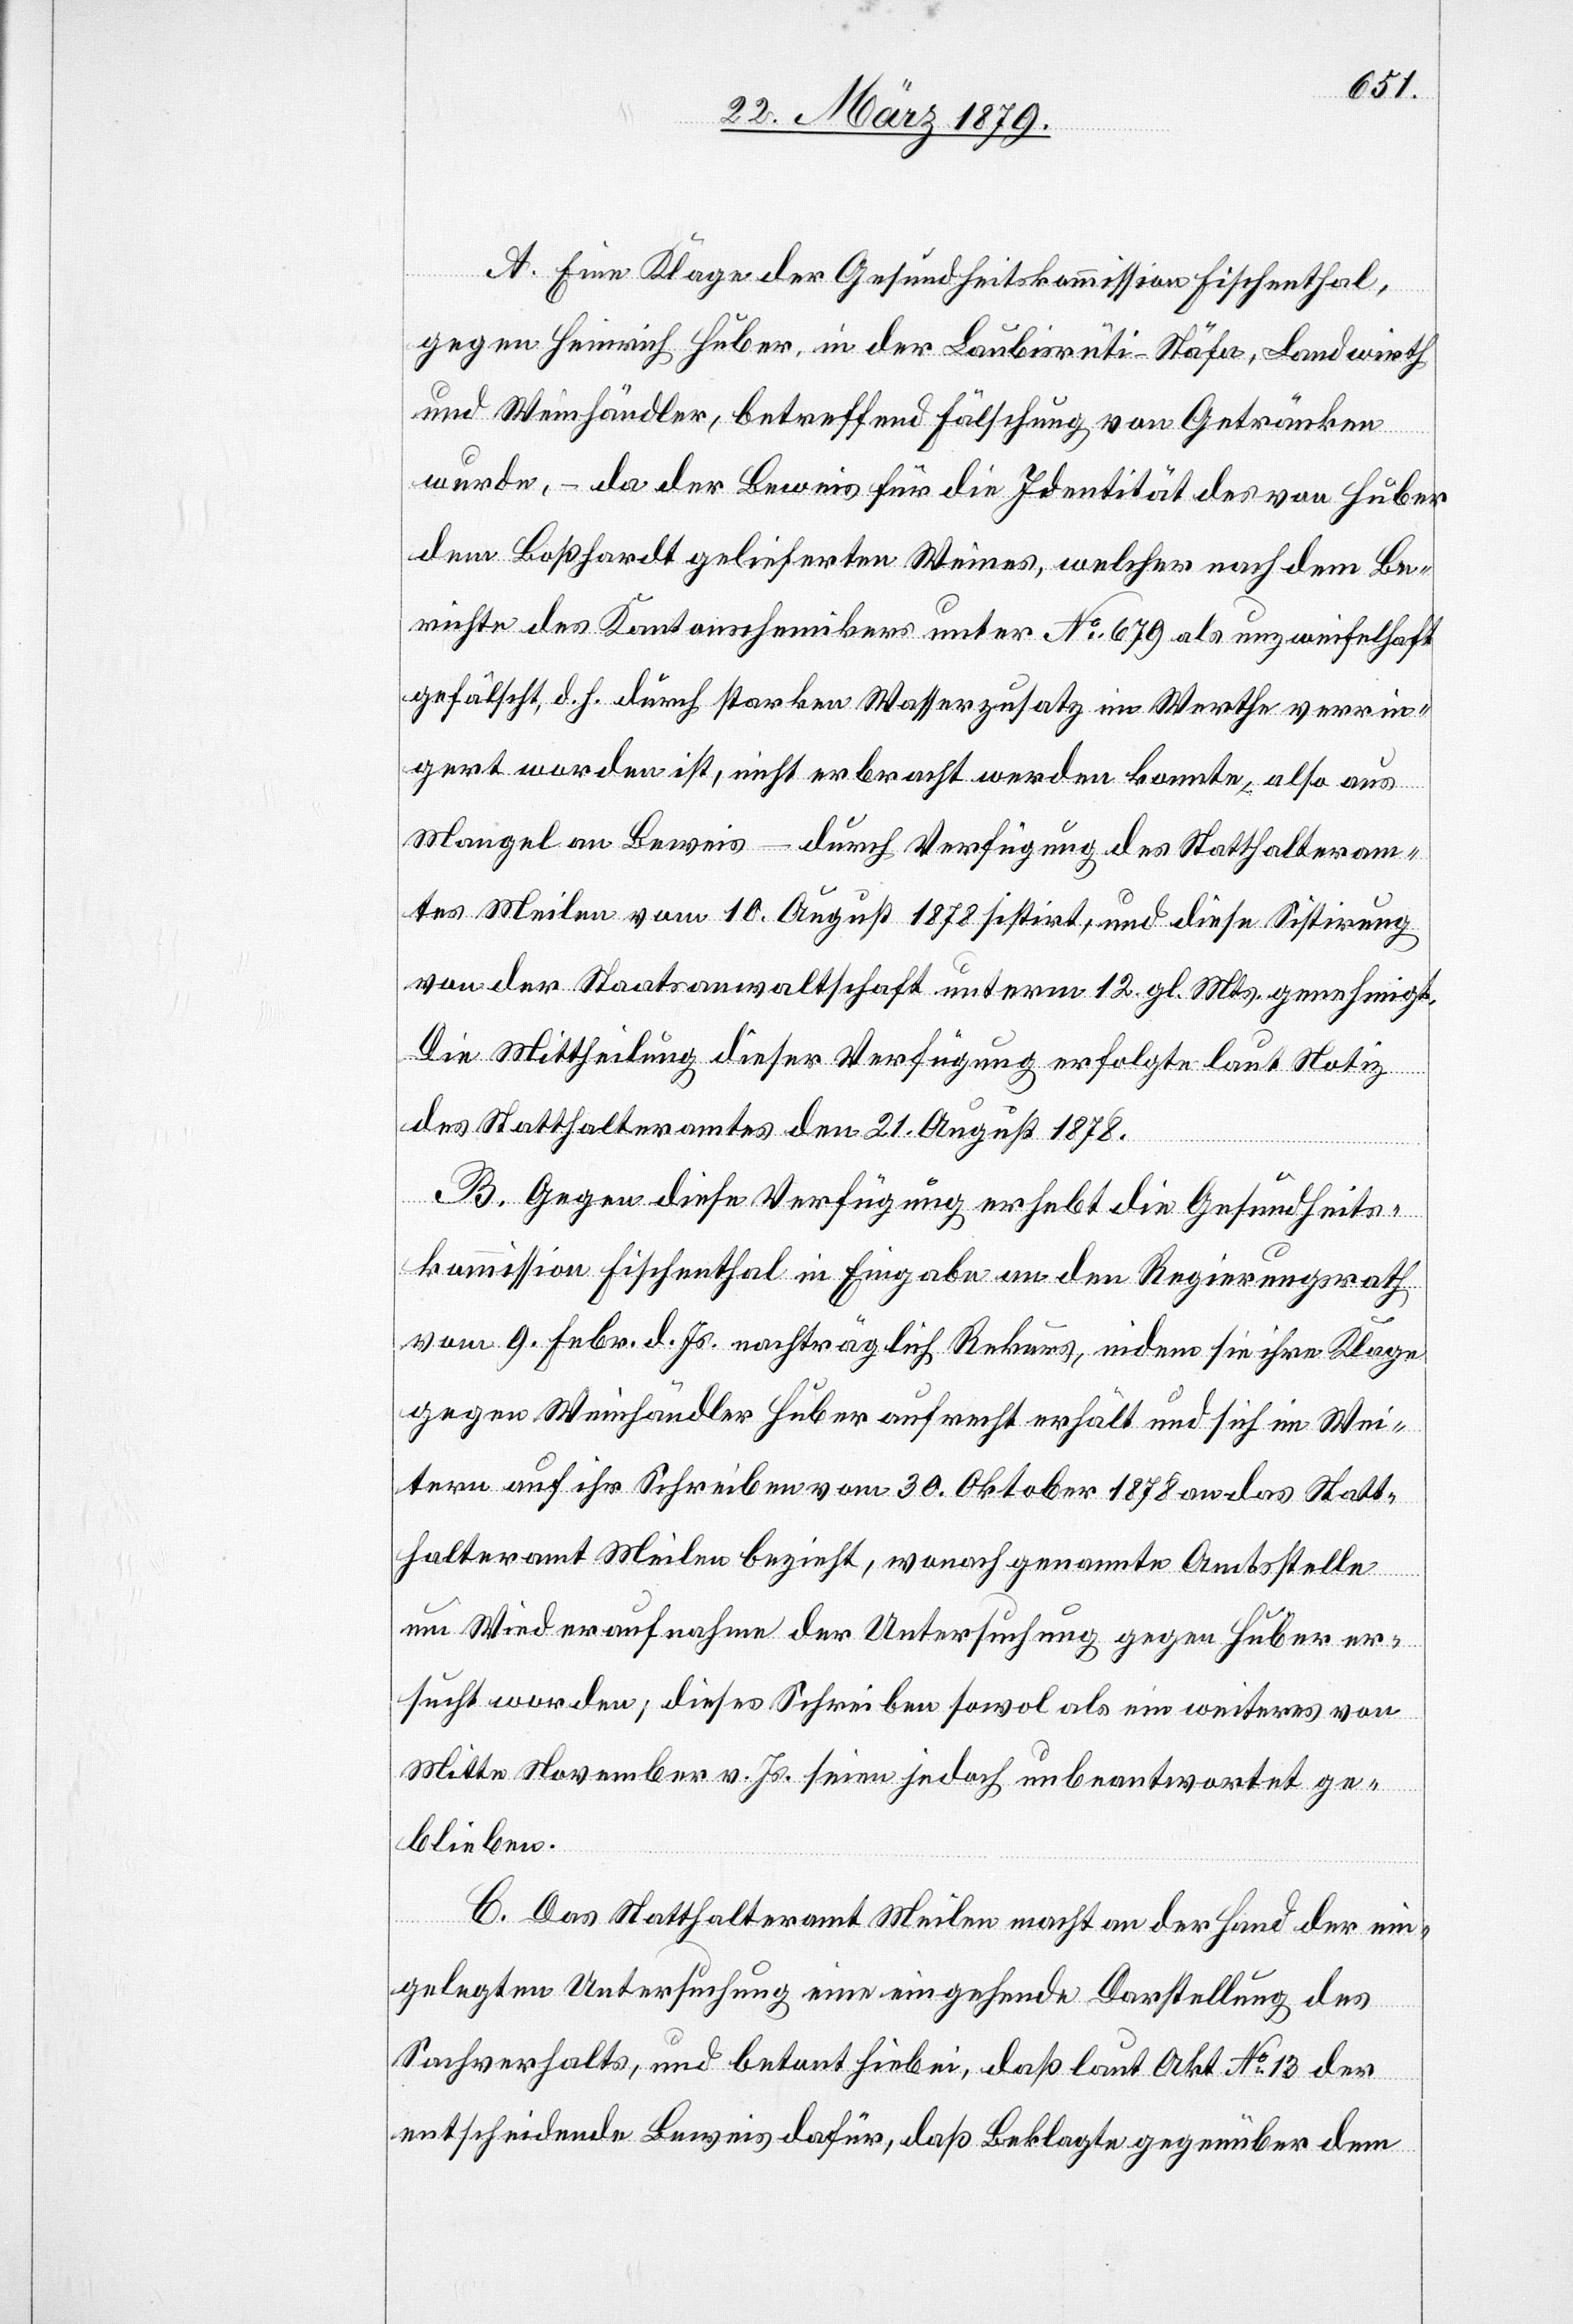
A. Eine Klage der Gesundheitskommission Fischenthal,
gegen Heinrich Huber, in der Laubisrüti, Stäfa, Landwirth
und Weinhändler, betreffend Fäschung von Getränken
wurde, – da der Beweis für die Identität des von Huber
dem Boßhardt gelieferten Weines, welcher nach dem Be¬
richte des Kantonschemikers unter No 679 als unzweifelhaft
gefälscht, d. h. durch starken Wasserzusatz im Werthe verrin¬
gert worden ist, nicht erbracht werden konnte, also aus
Mangel an Beweis – durch Verfügung des Statthalteram¬
tes Meilen vom 10. Ausgust 1878 sistirt, und diese Sistirung
von der Staatsanwaltschaft unterm 12. gl. Mts. genehmigt.
Die Mittheilung dieser Verfügung erfolgte laut Notiz
des Statthalteramtes den 21. August 1878.
B. Gegen diese Verfügung erhebt die Gesundheits¬
kommission Fischenthal in Eingabe an den Regierungsrath
vom 9. Febr. d. Js. nachträglich Rekurs, indem sie ihre Klage
gegen Weinhändler Huber aufrecht erhält und sich im Wei¬
tern auf ihr Schreiben vom 30. Oktober 1878 an das Statt¬
halteramt Meilen, bezieht, wonach genannte Amtsstelle
um Wiederaufnahme der Untersuchung gegen Huber er¬
sucht worden; dieses Schreiben sowol als ein weiteres von
Mitte November v. Js. seien jedoch unbeantwortet ge¬
blieben.
C. Das Statthalteramt Meilen macht an der Hand der ein¬
gelegten Untersuchung eine eingehende Darstellung des
Sachverhalts, und betont hiebei, daß laut Akt No 13 der
entscheidende Beweis dafür, daß Beklagte [sic!] gegenüber dem